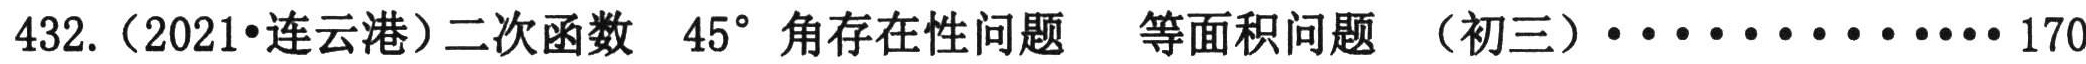
432.（2021•连云港）二次函数 \(45^{\circ}\) 角存在性问题 等面积问题 （初三）············170